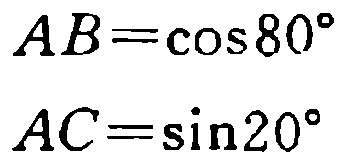
\[
AB=\cos80^{\circ}
\]
\[
AC=\sin20^{\circ}
\]